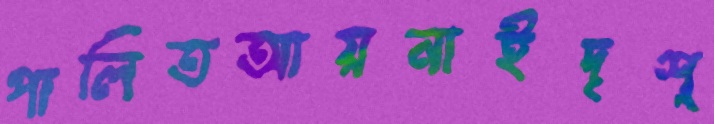
পালিতআয়নাইদৃশ্